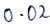
Text: 0.02